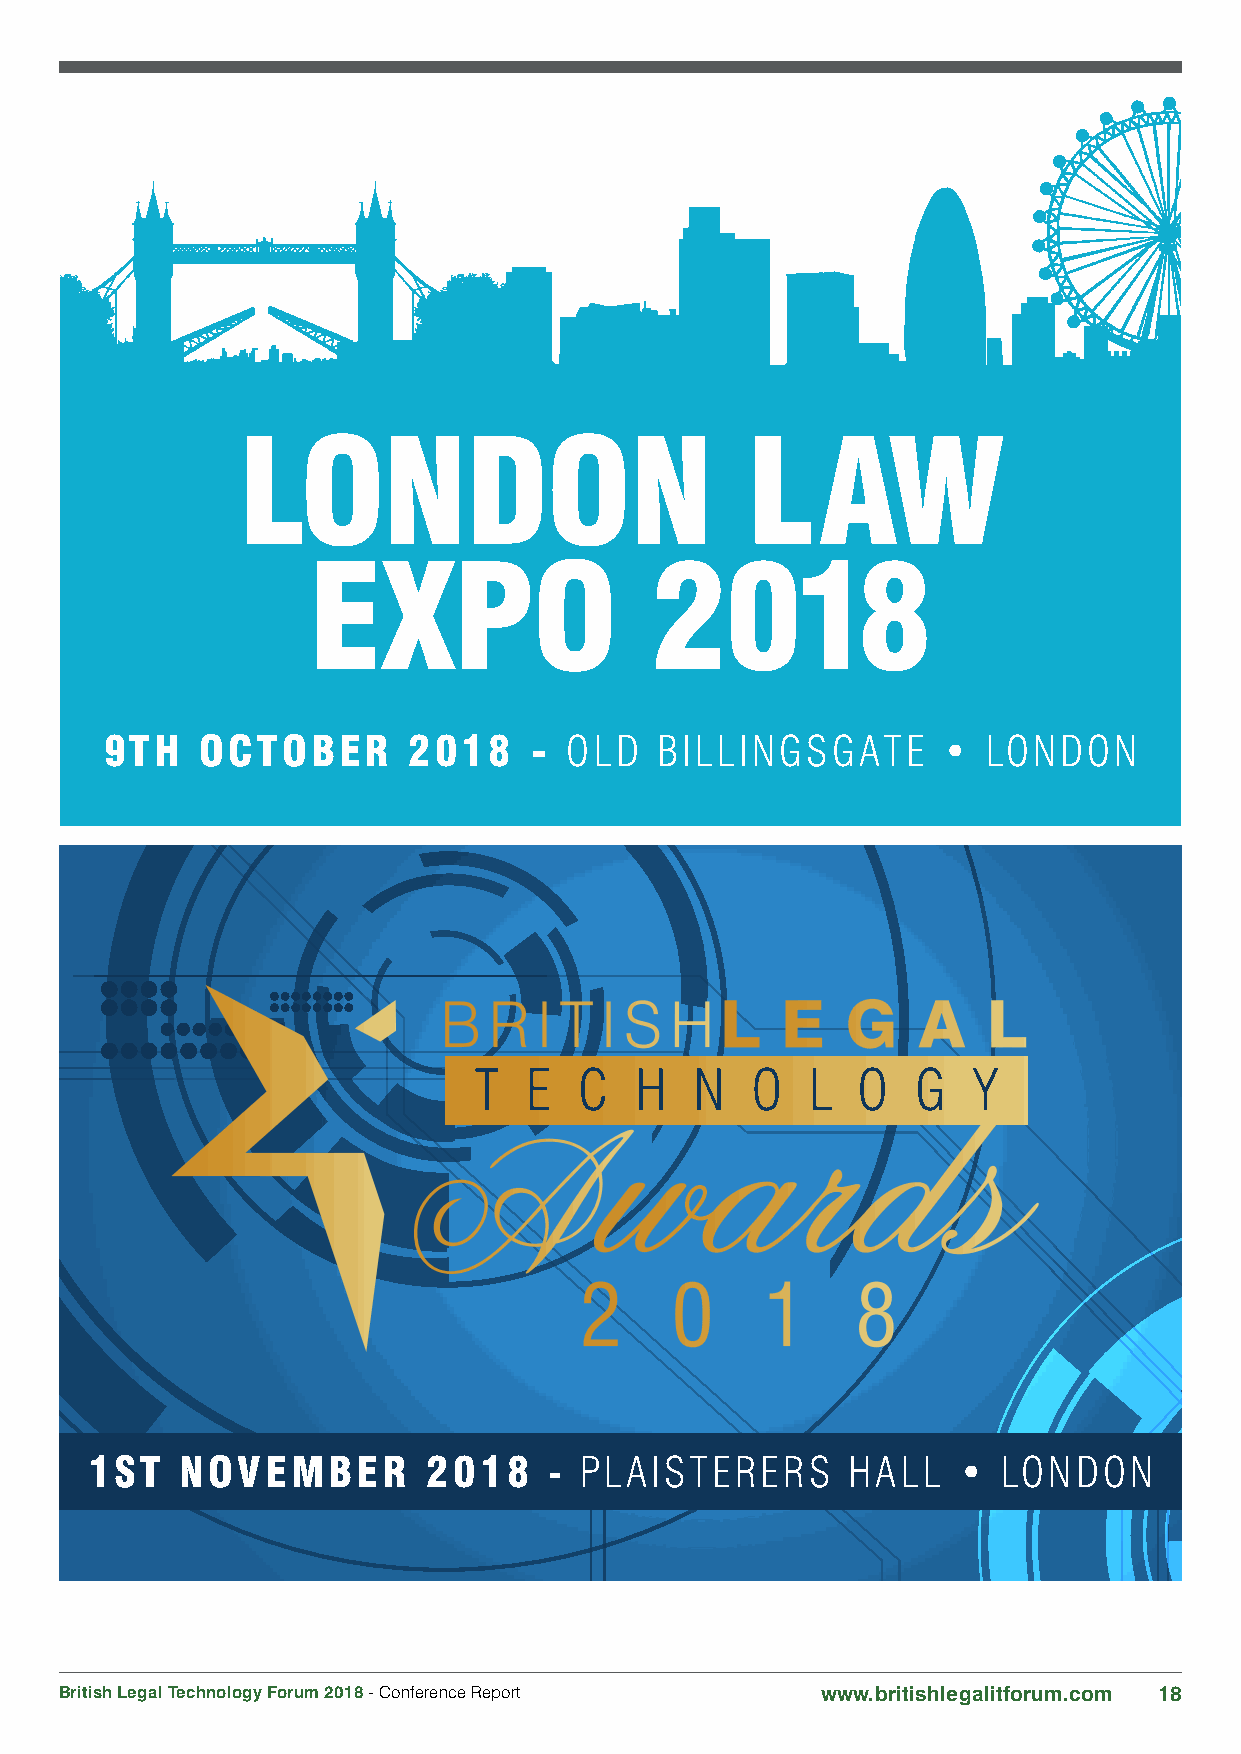
LONDON                           LAW
 EXPO                   2018
 9TH   OCTOBER       2018    - OLD   BILLINGSGATE       •  LONDON
 1ST   NOVEMBER        2018    - PLAISTERERS       HALL   •  LONDON
 British Legal Technology Forum 2018 - Conference Report www.britishlegalitforum.com 18